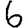
Digit: 6